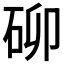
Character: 𮀐